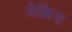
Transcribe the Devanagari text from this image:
सेक्रिस